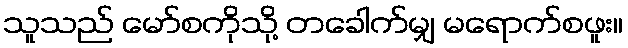
သူသည် မော်စကိုသို့ တခေါက်မျှ မရောက်စဖူး။